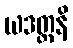
ယဒတ္တနိ